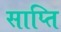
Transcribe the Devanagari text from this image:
साप्ति